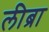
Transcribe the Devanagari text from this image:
लीब्रा